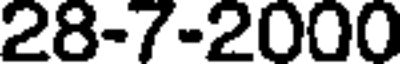
28-7-2000